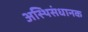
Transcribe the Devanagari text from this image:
अस्थिसंधानक